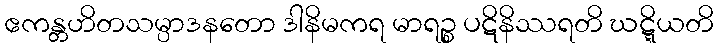
ဧကန္တဟိတသမ္ပာဒနတော ဒါနိမကရ မာရဉ္စ ပဋိနိဿရတိ ဃဋ္ဋိယတိ